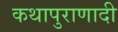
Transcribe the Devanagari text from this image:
कथापुराणादी